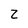
Character: Z